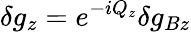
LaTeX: \delta g_{z}=e^{-iQ_{z}}\delta g_{Bz}